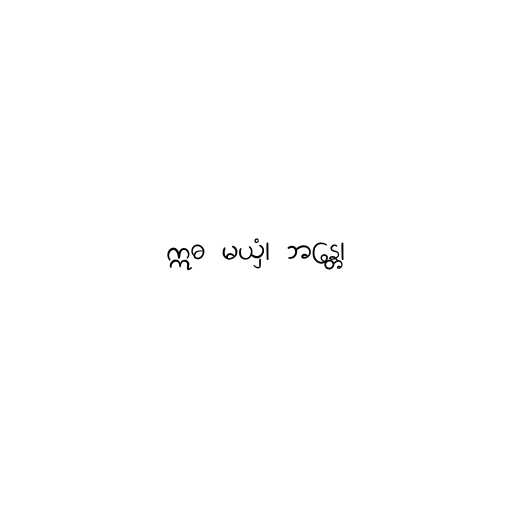
ဣဓ မယှံ၊ ဘန္တေ၊